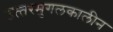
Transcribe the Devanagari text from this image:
उत्‍तरमुगलकालीन